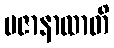
ပဇာနာထာတိ